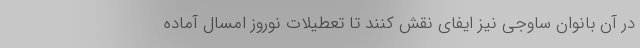
در آن بانوان ساوجی نیز ایفای نقش کنند تا تعطیلات نوروز امسال آماده